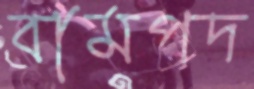
বামপদ